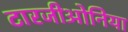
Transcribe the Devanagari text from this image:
टारजीओनिया